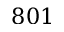
8 0 1